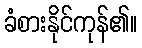
ခံစားနိုင်ကုန်၏။